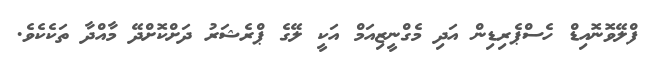
ފްލޭވޮނޮއިޑް ހެސްޕެރިޑިން އަދި މެގްނީޒިއަމް އަކީ ލޭގެ ޕްރެޝަރު ދަށްކޮށްދޭ މާއްދާ ތަކެކެވެ.